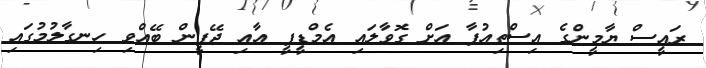
ރައީސް ޔާމީންގެ އިސްތިއުފާ އަށް ގޮވާލައި އެމްޑީޕީ އާއި ޖޭޕީން ބޭއްވި ހިނގާލުމުގައި